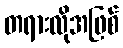
တရားလိုအဖြစ်